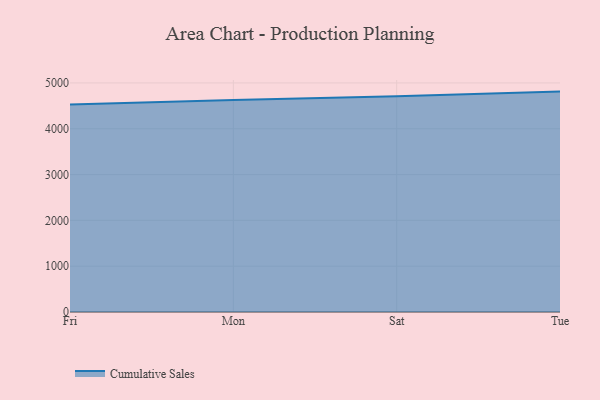
{"axis": {"x": "Day", "y": "Website Visitors"}, "legend": ["Cumulative Sales"], "data": [{"x": "Fri", "y": 4527.4, "type": "Cumulative Sales"}, {"x": "Mon", "y": 4626.9, "type": "Cumulative Sales"}, {"x": "Sat", "y": 4706.5, "type": "Cumulative Sales"}, {"x": "Tue", "y": 4810.7, "type": "Cumulative Sales"}]}